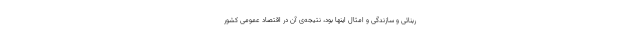
ربنائی و سازندگی و امثال اینها بود، نتیجه‌ی آن در اقتصاد عمومی کشور